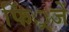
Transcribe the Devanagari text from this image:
फिं्रजें